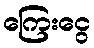
ကြေးငွေ